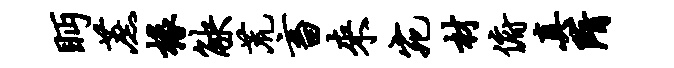
眄蔗椽觖荒畜来宛材俯真隋